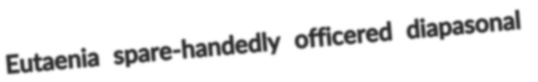
Eutaenia spare-handedly officered diapasonal